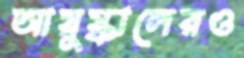
আয়ুষ্কালেরও